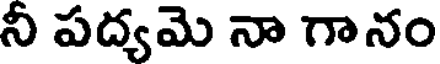
నీ పద్యమె నా గానం